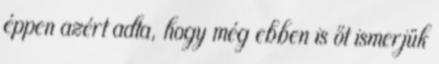
éppen azért adta, hogy még ebben is őt ismerjük